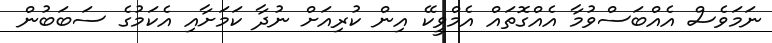
ނަމަވެސް އެއްބަސްވުމާ އެއްގޮތައް އެމްވީކޭ އިން ކުރިއަށް ނުދާ ކަމަށާއި އެކަމުގެ ސަބަބުން